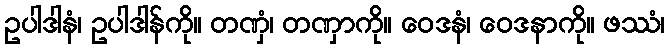
ဥပါဒါနံ၊ ဥပါဒါန်ကို။ တဏှံ၊ တဏှာကို။ ဝေဒနံ၊ ဝေဒနာကို။ ဖဿံ၊